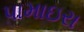
પામાઇરા